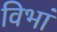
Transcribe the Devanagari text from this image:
विभां